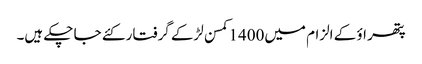
پتھر اؤ کے الزام میں1400کمسن لڑکے گرفتار کئے جا چکے ہیں۔